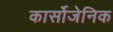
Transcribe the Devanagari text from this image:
कार्सोजेनिक